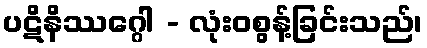
ပဋိနိဿဂ္ဂေါ - လုံးဝစွန့်ခြင်းသည်၊